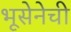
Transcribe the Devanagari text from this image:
भूसेनेची